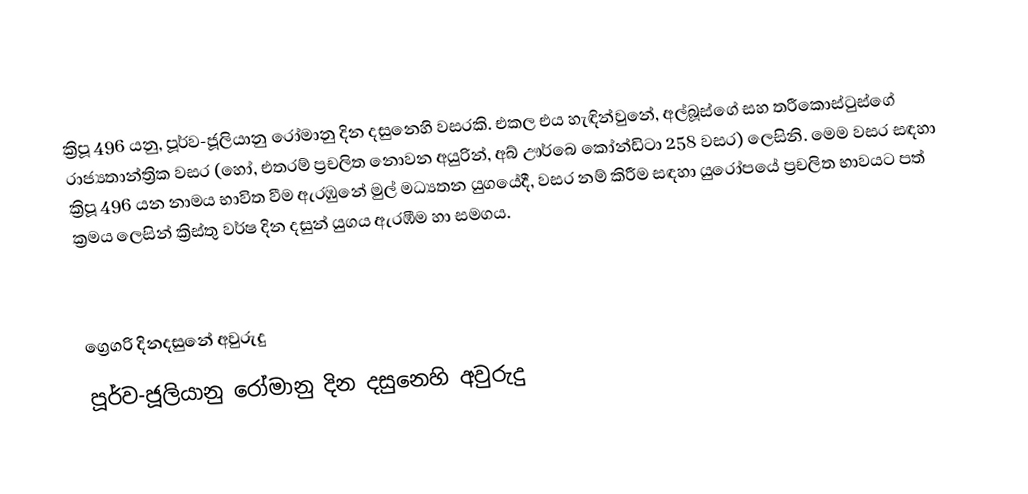

ක්‍රිපූ 496 යනු, පූර්ව-ජූලියානු රෝමානු දින දසුනෙහි වසරකි. එකල එය හැඳින්වුනේ, අල්බූස්ගේ සහ ත‍්‍රීකොස්ටුස්ගේ රාජ්‍යතාන්ත්‍රික වසර (හෝ, එතරම් ප්‍රචලිත නොවන අයුරින්, අබ් ඌර්බෙ කෝන්ඩිටා 258 වසර) ලෙසිනි. මෙම වසර සඳහා ක්‍රිපූ 496 යන නාමය භාවිත වීම ඇරඹුනේ මුල්  මධ්‍යතන යුගයේදී, වසර නම් කිරීම සඳහා යුරෝපයේ ප්‍රචලිත භාවයට පත් ක්‍රමය ලෙසින් ක්‍රිස්තු වර්ෂ දින දසුන් යුගය ඇරඹීම හා සමගය.

ග්‍රෙගරි දිනදසුනේ අවුරුදු
පූර්ව-ජූලියානු රෝමානු දින දසුනෙහි අවුරුදු